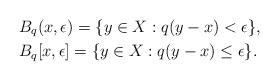
LaTeX: \begin{align*}&B_q(x,\epsilon)=\{y\in X:q(y-x)<\epsilon\},\\&B_q[x,\epsilon]=\{y\in X:q(y-x)\le\epsilon\}.\end{align*}